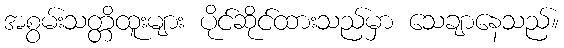
အစွမ်းသတ္တိထူးများ ပိုင်ဆိုင်ထားသည်မှာ သေချာနေသည်။